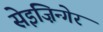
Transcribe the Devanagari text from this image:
सेइज़िन्गेर